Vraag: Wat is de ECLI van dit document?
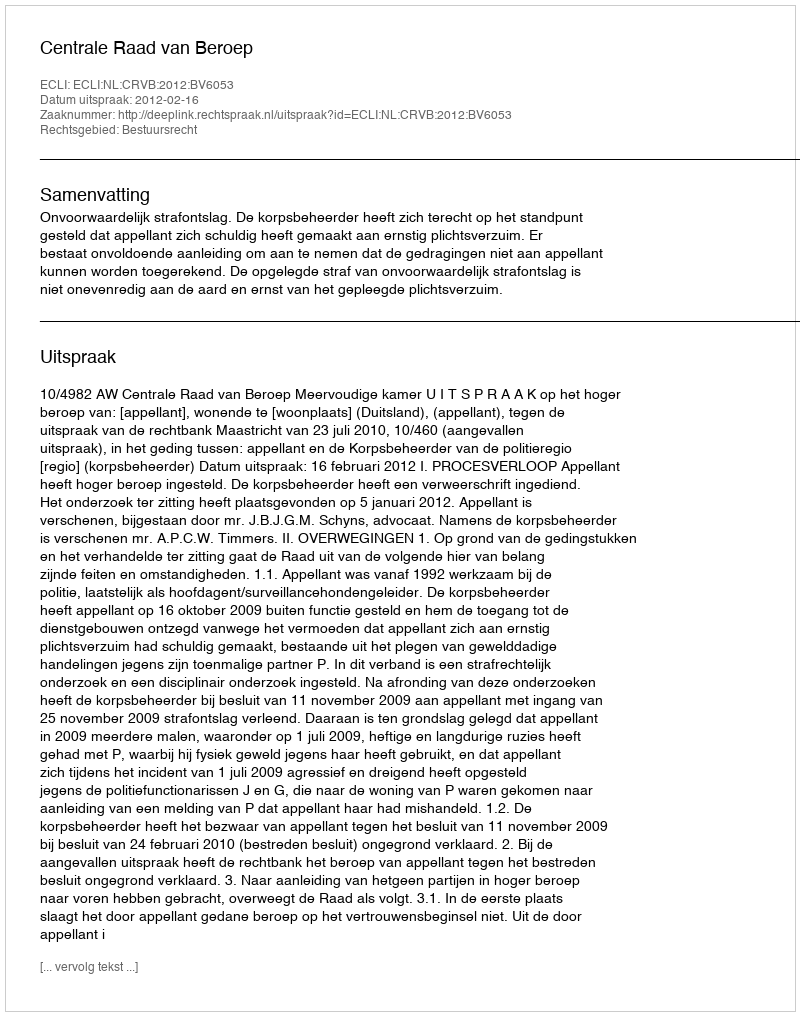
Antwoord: ECLI:NL:CRVB:2012:BV6053